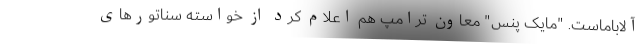
آلاباماست. "مایک پنس" معاون ترامپ هم اعلام کرد از خواسته سناتورهای